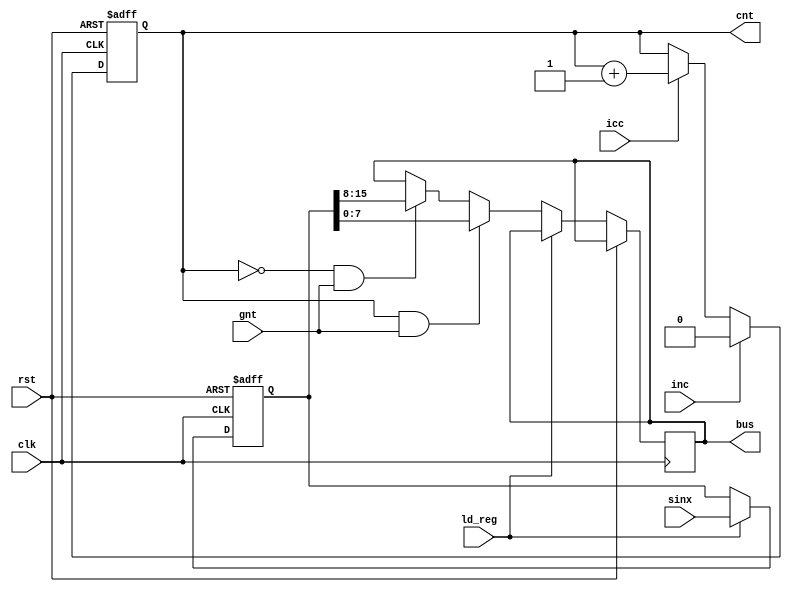
module output_wrapper(input clk,rst,ld_reg,icc,inc,gnt,input[15:0] sinx,output reg[7:0] bus,output reg cnt);
    reg [15:0] output_reg;
    always@(posedge clk,posedge rst) begin
        if (rst) cnt <= 0;
        else if (inc) cnt <= 0;
        else if (icc) cnt <= cnt + 1;
    end
    always@(posedge clk,posedge rst) begin
        if (rst) output_reg <= 16'b0;
        else if (ld_reg) output_reg <= sinx;
        else if (cnt==1 && gnt) bus <= output_reg[7:0];
        else if (cnt==0 && gnt) bus <= output_reg[15:8];
    end
endmodule